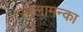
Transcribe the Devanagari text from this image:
सालामन्का